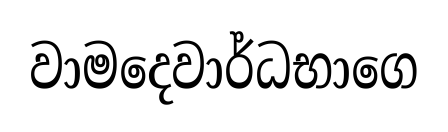
වාමදෙවාර්ධභාගෙ